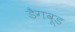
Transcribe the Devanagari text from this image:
डैगवूड